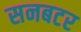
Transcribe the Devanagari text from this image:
सनबटर